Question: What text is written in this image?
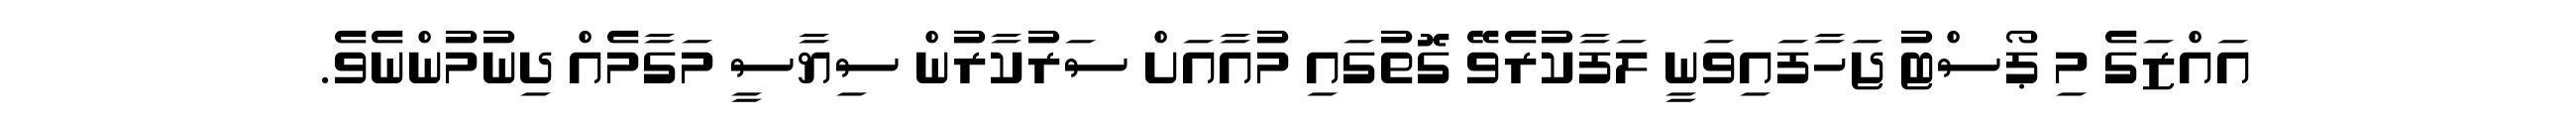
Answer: އައްޒަގެ މި ޕޯސްޓު ޖަހާފައިވަނީ ލަފާކުރެވޭ ގޮތުގައި މުއާއަށް ސަރުކާރުން ސިޔާސީ މަގާމެއް ދިނުމުންނެވެ.